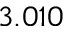
3 . 0 1 0